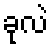
ခုလဲ